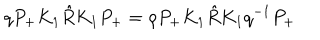
q P _ { + } K _ { 1 } \hat { R } K _ { 1 } P _ { + } = \rho P _ { + } K _ { 1 } \hat { R } K _ { 1 } q ^ { - 1 } P _ { + }